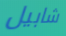
شابيل